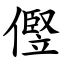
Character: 㒘